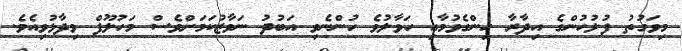
މިވަގުތު ފުލުހުންގެ އިދާރާ ހިންގެވުމާއި ހަވާލުވެ ހުންނެވި އަބުދު ނަވާޒުކަމަށްވެސް މަހުލޫފް ވިދާޅުވިއެވެ.